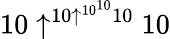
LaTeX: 10\uparrow^{10\uparrow^{10^{10}}10}10